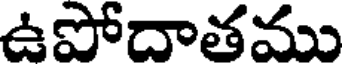
ఉపోదాతము